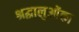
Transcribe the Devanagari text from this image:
श्रद्धालुओंका